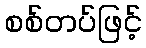
စစ်တပ်ဖြင့်